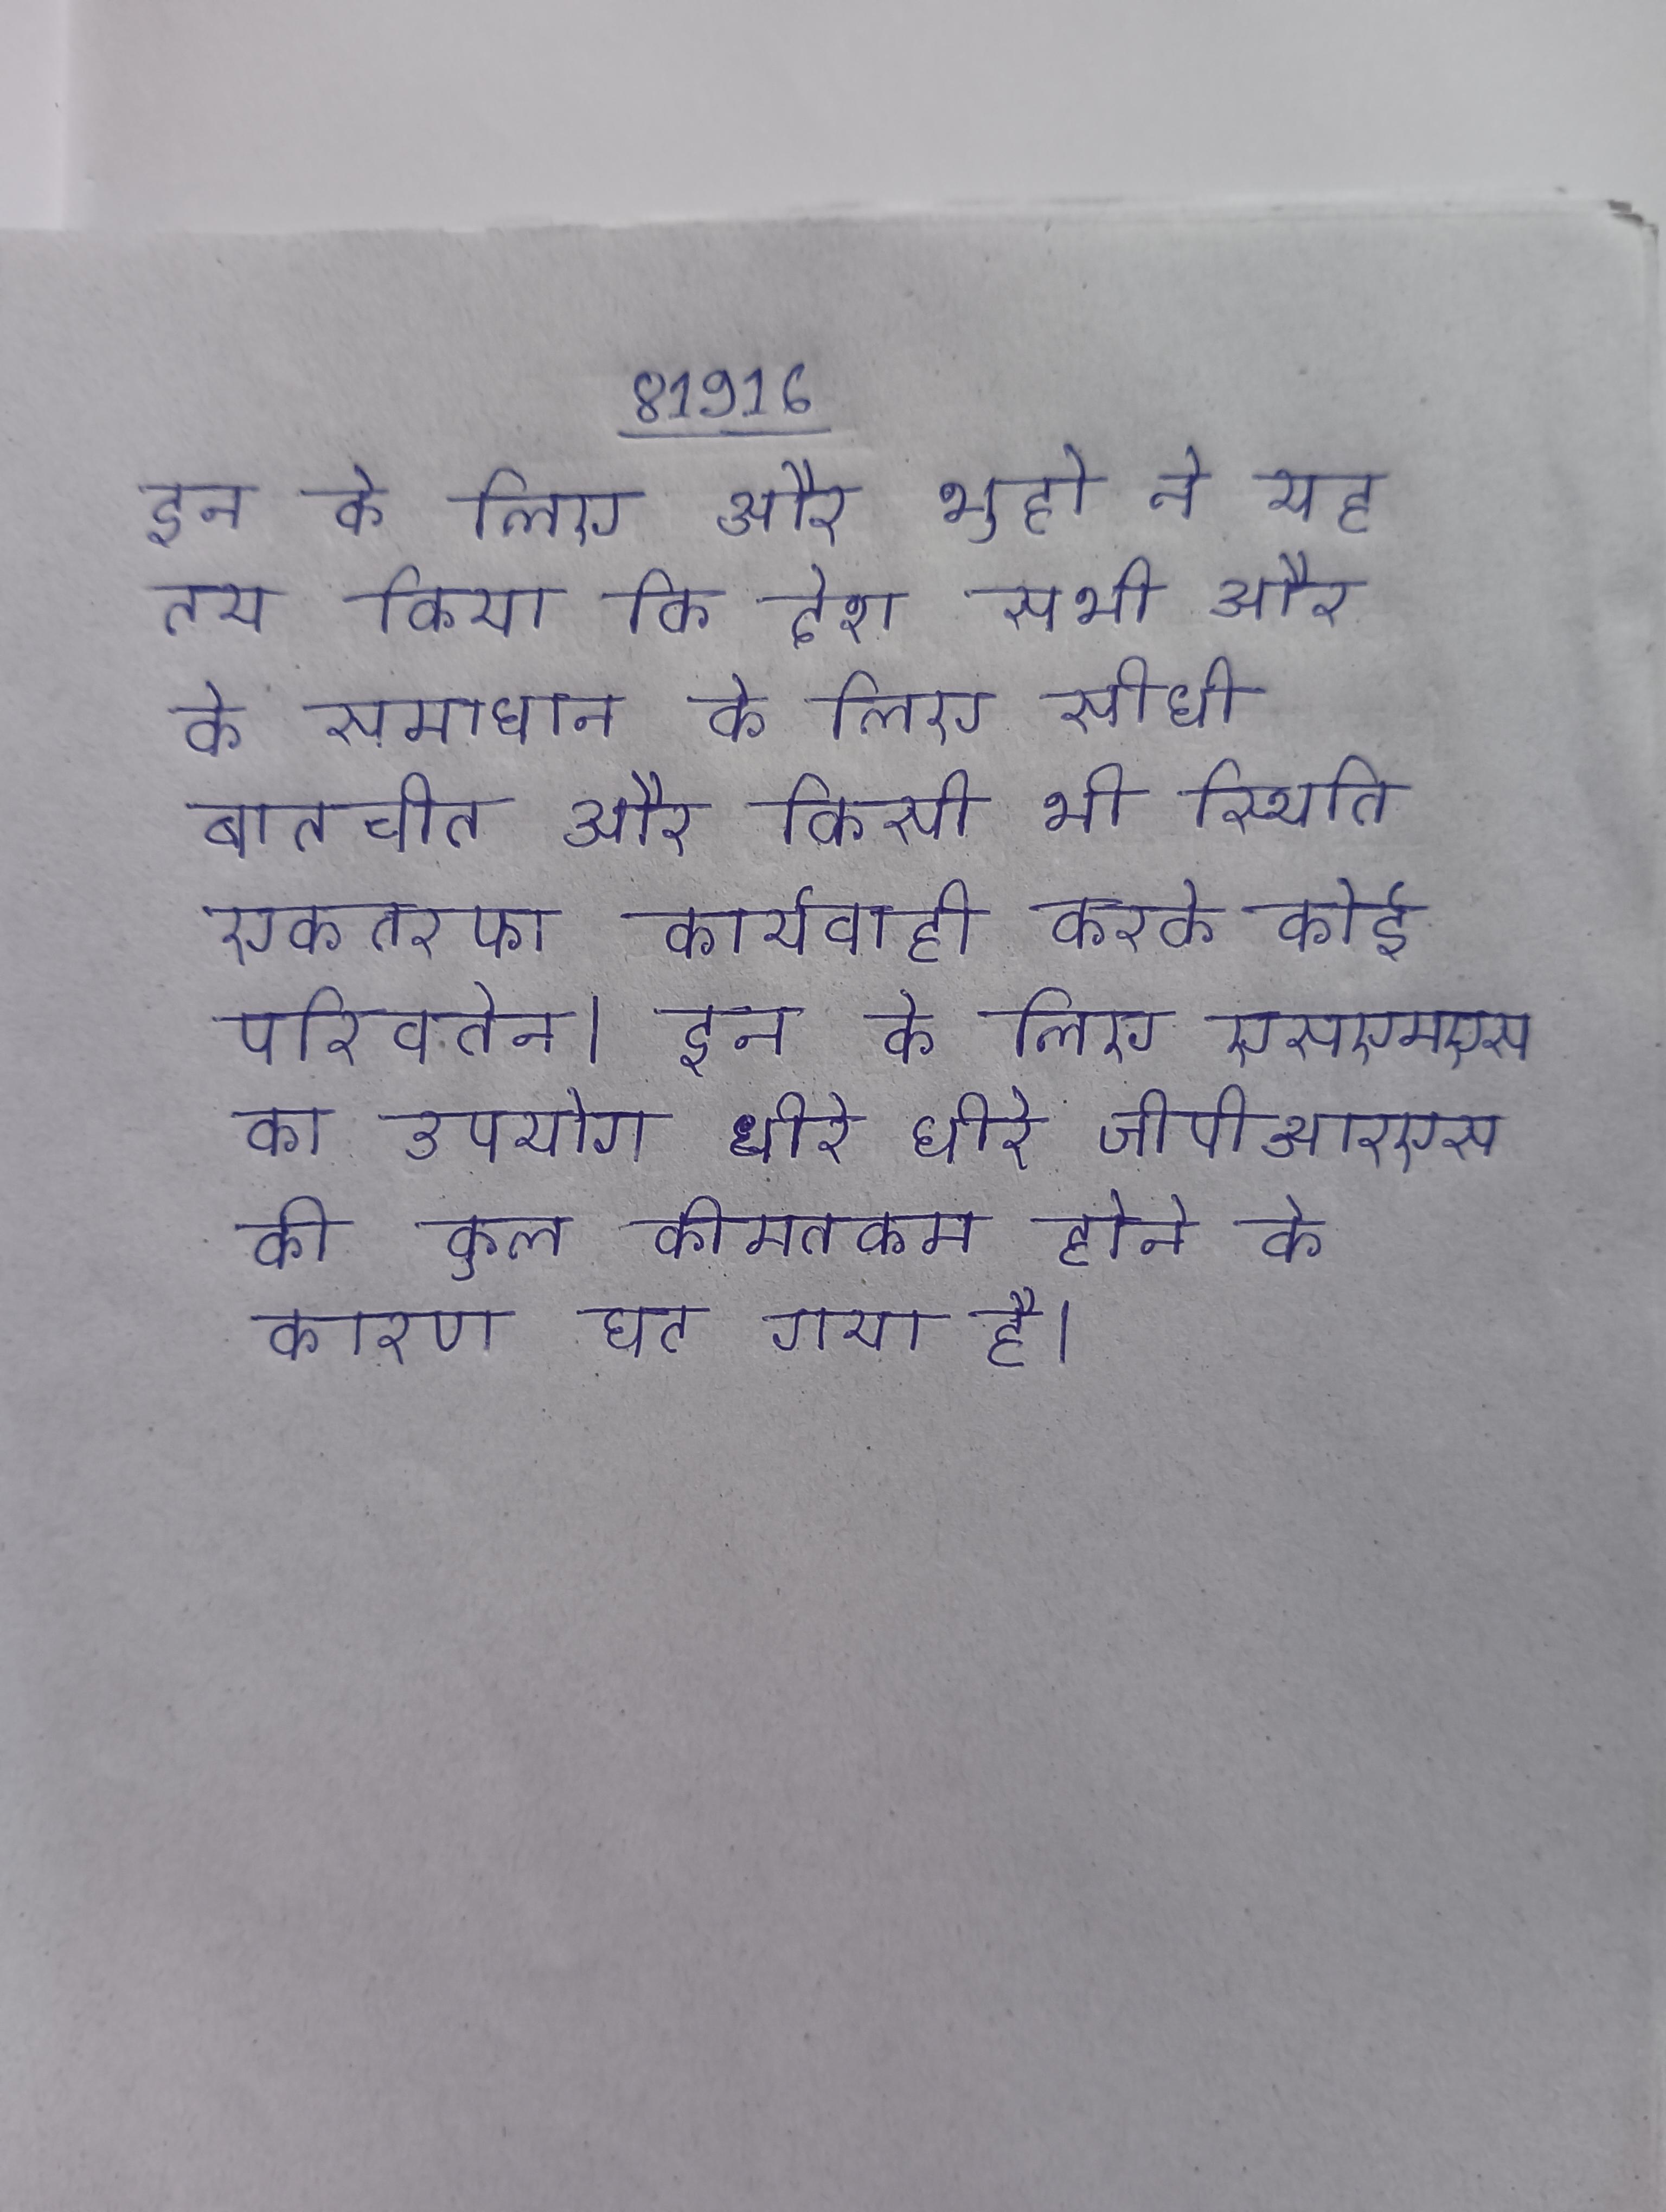
इन के लिए और भुट्टो ने यह तय किया कि देश सभी और के समाधान के लिए सीधी बातचीत और किसी भी स्थिति एकतरफा कार्यवाही करके कोई परिवर्तन । इन के लिए एसएमएस का उपयोग धीरे धीरे जीपीआरएस की कुल कीमतकम होने के कारण घट गया है ।